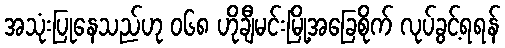
အသုံးပြုနေသည်ဟု ၀၆၈ ဟိုချီမင်းမြို့အခြေစိုက် လုပ်ခွင့်ရရန်